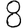
Digit: 8